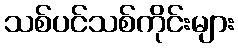
သစ်ပင်သစ်ကိုင်းများ